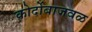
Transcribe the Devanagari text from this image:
कोर्दोबाजवळ